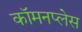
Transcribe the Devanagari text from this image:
कॉमनप्लेस